Vital statistics of India. Vol. VI, European troops 1870-79
Year: 1870
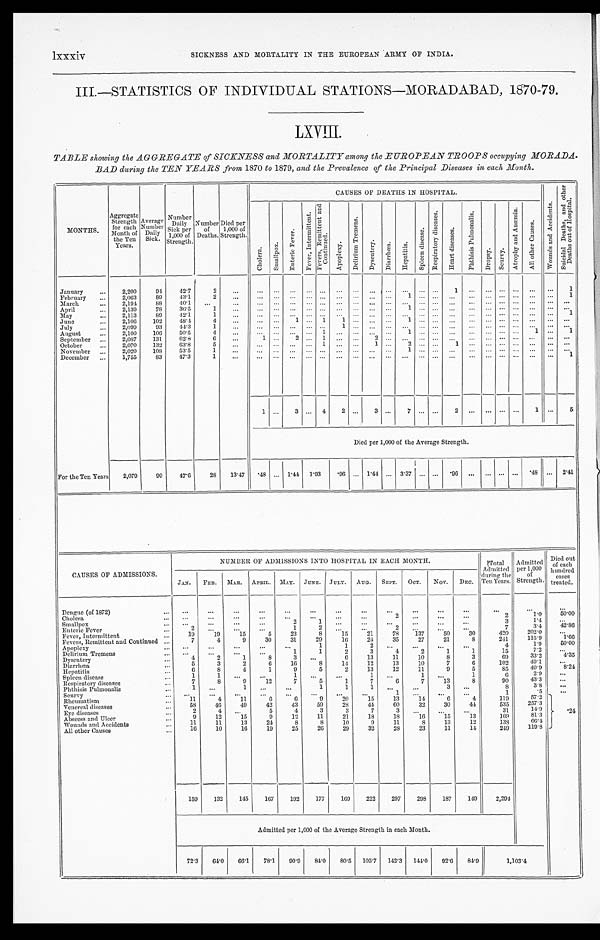
lxxxiv
SICKNESS AND MORTALITY IN THE EUROPEAN ARMY OF INDIA.
III.—STATISTICS OF INDIVIDUAL STATIONS—MORADABAD, 1870-79.
LXVIII.
TABLE showing the AGGREGATE of SICKNESS and MORTALITY among the EUROPEAN TROOPS occupying MORADA-
BAD during the TEN YEARS from 1870 to 1879, and the Prevalence of the Principal Diseases in each Month.
MONTHS.
Aggregate Strength for each
Month of
the Ten
Years.
Average Number Daily
Sick.
Number Dail
y Sick per
1,000 of
Strength.
Number of
Deaths.
Died per
1,000 of
Strength.
CAUSES OF DEATHS IN HOSPITAL.
W o u n d s a n d A c c i d e n t s .
S u i c i d a l D e a t h s , a n d o t h e r D e a t h s o u t o f H o s p i t a l .
C h o l e r a .
S m a l l p o x .
E n t e r i c F e v e r .
F e v e r , I n t e r m i t t e n t . F e v e r , R e m i t t e n t a n d C o n t i n u e d .
A p o p l e x y .
D e l i r i u m T r e m e n s .
D y s e n t e r y . D i a r r h œ a . H e p a t i t i s .
S p l e e n d i s e a s e .
R e s p i r a t o r y d i s e a s e s .
H e a r t d i s e a s e s . P h t h i s i s P u l m o n a l i s . Dropsy.
S c u r v y .
A t r o p h y a n d A n æ m i a .
A l l o t h e r C a u s e s .
January
2 , 2 0 0 94 42.7
2
1
1
February
2,063
89 43.1
2
1
1
March
2,194 88
40.1
April
2,139
78
36.5
1
1
May
2,113
89 42. 1
1
1
June
2,106 102 48.4
4
1
1
1
1
July
2,099
93 44.3
1
1
August
2,100 106 50.5
4
1
1
1
1
September
2,087 131
62.8
6
1
2
1
2
October
2,070 132 63.8
5
1
1
2
1
November
2,020 108 53.5
1
1
December
1,755
83 47.3
1
1
1
3
4 2
3
7
2
1
5
Died per 1,000 of the Average Strength.
For the Ten Years 2,079 99 47.6
28 13.47 .48
1.44 1. 93
.96
1.44
3.37
. 9 6
.48
2.41
CAUSES OF ADMISSIONS.
NUMBER OF ADMISSIONS INTO HOSPITAL IN EACH MONTH.
T o t a l A d m i t t e d d u r i
n g t h e Te n Ye a r s .
Admitte
d per 1, 000 of St r engt h.
D i e d o u t o f e a c h h u n d r e d c a s e s t r e a t e d .
JAN. FEB. MAR. APRIL. MAY. JUNE. JULY. AUG. SEPT. OCT. NOV. DEC.
Dengue (of 1872)
Cholera
2
2
1 . 0 5 0 . 0 0
Smallpox
2
1
3 1 . 4
Enteric Fever
2
1
2
2
7
3 . 4
4 2 . 8 6
Fever, Intermittent
1 9
19 1 5
5
23 8
15
21
78 137 5 0
30
420 2 0 2 . 0
Fevers, Remittent and Continued
7
4
9
30
31
29
16
24
35
27
21
8
241
1 1 5 . 9
1 . 6 6
Apoplexy
1
1 2
4
1 . 9 5 0 . 0 0
Delirium Tremens
1
1
2
3
4
2
1
1
15
7.2
Dysentery
4
2
1
8
3
6
13
11
10
8
3
69
33.2
4 . 3 5
Diarrhœa
5
3
2
6
16
8
14
12
13
10
7
6
102
49. 1
Hepatitis
6
8
4
1
9 5
2
13
12
11
9
5
85
4 0 . 9
8 . 2 4
Spleen disease
1
1
1
1
1
1
6 2 . 9
Respiratory diseases
7
8
9
12
7
5
1
7
6
7
13
8
90
43. 3
Phthisis Pulmonalis
1
1
1
1
1
8
3. 8
Scurvy
1
.5
Rheumatism
1 1
4 1 1
6
6
9
20
15
13
14
6
4
119
57. 2
. 24
Venereal diseases
58
46
49
42
43
59
28
4 4
6 0
32
30
44
535
257. 3
Eye diseases
2
4
5
4
3
3
7
3
31
14. 9
Abscess and Ulcer
9
12
15
9
12
11
21
18
18
16
15
13
169
81.3
Wounds and Accidents
11
11
13
24
8
8
10
9
11
8
13
12
138
66.4
All other Causes
1 6
1 0
1 6
1 9
2 5
2 6
2 9
3 2
2 8
2 3
1 1
1 4
249
1 1 9 . 8
159 132 145 167 192 177 169 222 2 9 7
298 187 1 4 9
2,294
Admitted per 1,000 of the Average Strength in each Month.
72. 3
64. 0
6 6 . 1
78. 1
90. 9
8 4 . 0
80. 5 105. 7 142. 3 144. 0
92. 6
8 4 . 9
1 , 1 0 3 . 4